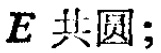
$E$ 共圆；